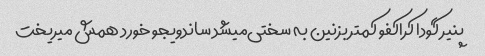
پنیر گودا کراکفو کمتر بزنین به سختی‌میشد ساندویجو خورد همش میریخت